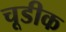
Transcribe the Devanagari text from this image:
चूडीक